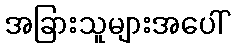
အခြားသူများအပေါ်